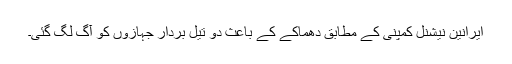
ایرانین نیشنل کمپنی کے مطابق دھماکے کے باعث دو تیل بردار جہازوں کو آگ لگ گئی۔